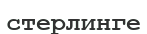
стерлинге